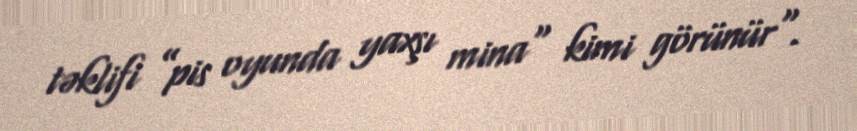
təklifi ”pis oyunda yaxşı mina" kimi görünür".